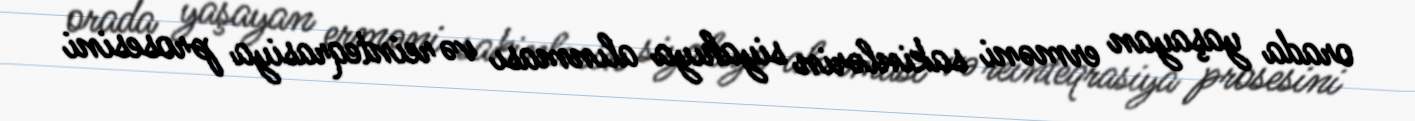
orada yaşayan erməni sakinlərin siyahıya alınması və reinteqrasiya prosesini